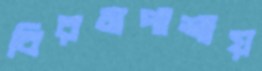
বিরমপাশায়